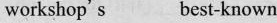
workshop's best-known